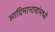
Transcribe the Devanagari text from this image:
आदिमानावांमध्ये